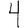
Digit: 4